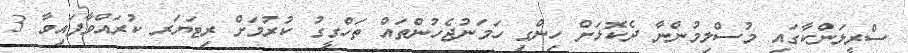
ސްރީލަންކާގައި މުސްލިމުންނާ ދެކޮޅަށް ހިންގި ހަމަނުޖެހުންތައް ތަހްގީގު ކުރުމަށް ރިޓަޔަރ ކުރައްވާފައިވާ 3